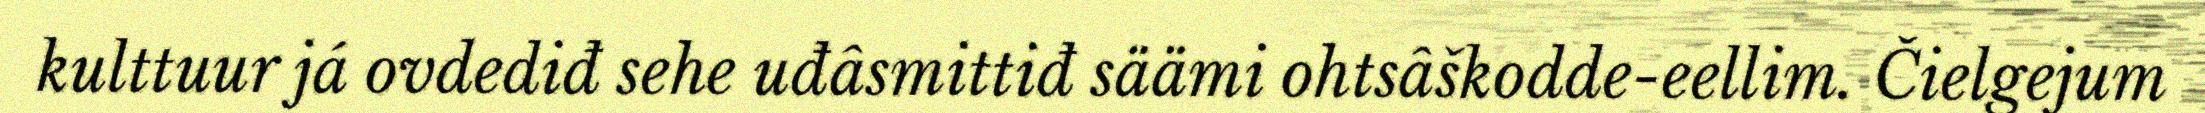
kulttuur já ovdediđ sehe uđâsmittiđ säämi ohtsâškodde-eellim. Čielgejum